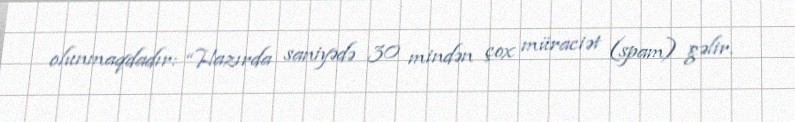
olunmaqdadır: “Hazırda saniyədə 30 mindən çox müraciət (spam) gəlir.